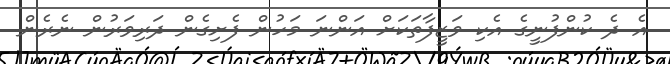
އެ ދެ ކުންފުނީގެ އެކި ވަޒީފާތަކަށް އަންނަ މަހުން ފެށިގެން ދަރިވަރުން ނެރެން